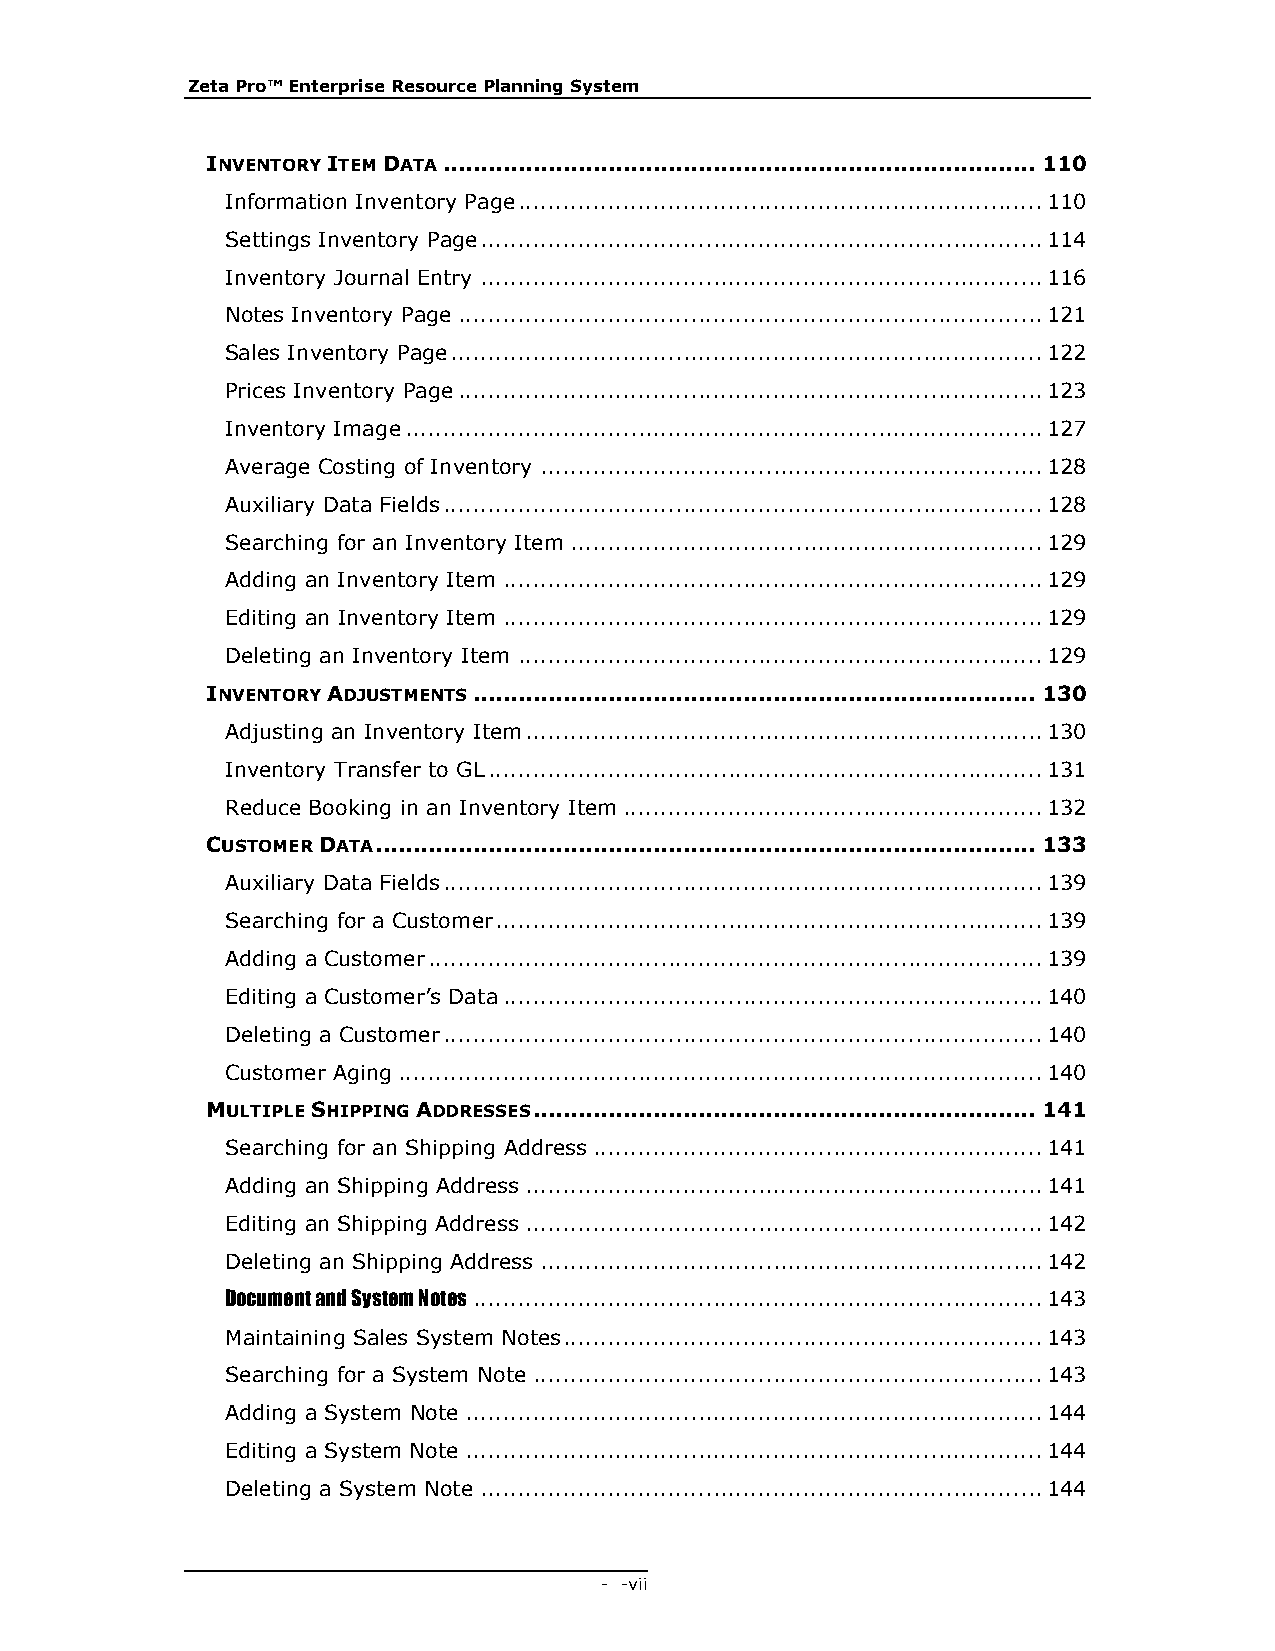
Zeta Pro™ Enterprise Resource Planning System
 INVENTORY ITEM DATA ............................................................................... 110
 Information Inventory Page ...................................................................... 110
 Settings Inventory Page ........................................................................... 114
 Inventory Journal Entry ........................................................................... 116
 Notes Inventory Page .............................................................................. 121
 Sales Inventory Page ............................................................................... 122
 Prices Inventory Page .............................................................................. 123
 Inventory Image ..................................................................................... 127
 Average Costing of Inventory ................................................................... 128
 Auxiliary Data Fields ................................................................................ 128
 Searching for an Inventory Item ............................................................... 129
 Adding an Inventory Item ........................................................................ 129
 Editing an Inventory Item ........................................................................ 129
 Deleting an Inventory Item ...................................................................... 129
 INVENTORY ADJUSTMENTS ........................................................................... 130
 Adjusting an Inventory Item ..................................................................... 130
 Inventory Transfer to GL .......................................................................... 131
 Reduce Booking in an Inventory Item ........................................................ 132
 CUSTOMER DATA ........................................................................................ 133
 Auxiliary Data Fields ................................................................................ 139
 Searching for a Customer ......................................................................... 139
 Adding a Customer .................................................................................. 139
 Editing a Customer’s Data ........................................................................ 140
 Deleting a Customer ................................................................................ 140
 Customer Aging ...................................................................................... 140
 MULTIPLE SHIPPING ADDRESSES ................................................................... 141
 Searching for an Shipping Address ............................................................ 141
 Adding an Shipping Address ..................................................................... 141
 Editing an Shipping Address ..................................................................... 142
 Deleting an Shipping Address ................................................................... 142
 Document and System Notes ............................................................................ 143
 Maintaining Sales System Notes ................................................................ 143
 Searching for a System Note .................................................................... 143
 Adding a System Note ............................................................................. 144
 Editing a System Note ............................................................................. 144
 Deleting a System Note ........................................................................... 144
 - - vii